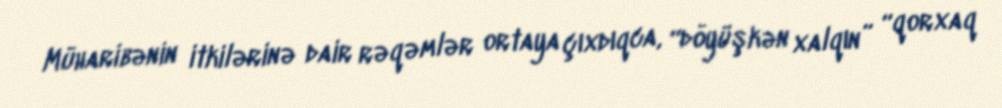
Müharibənin itkilərinə dair rəqəmlər ortaya çıxdıqca, “döyüşkən xalqın” “qorxaq